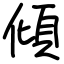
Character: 傾